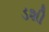
ડશી